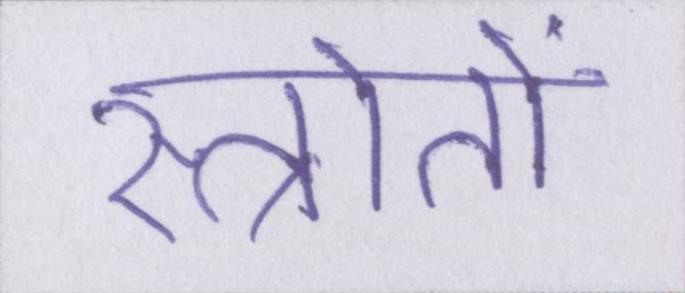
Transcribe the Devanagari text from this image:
स्त्रोतों